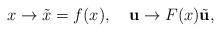
LaTeX: \begin{align*}x\to \tilde x =f(x),\quad {\bf u}\to F(x)\tilde {\bf u},\end{align*}